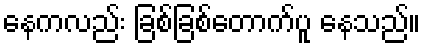
နေကလည်း ခြစ်ခြစ်တောက်ပူ နေသည်။